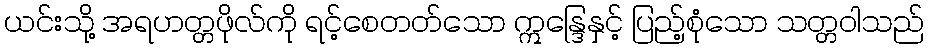
ယင်းသို့ အရဟတ္တဖိုလ်ကို ရင့်စေတတ်သော ဣန္ဒြေနှင့် ပြည့်စုံသော သတ္တဝါသည်